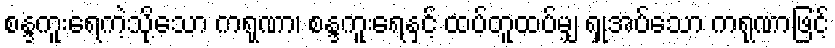
စန္ဒကူးရေကဲ့သို့သော ကရုဏာ၊ စန္ဒကူးရေနှင့် ထပ်တူထပ်မျှ ရှုအပ်သော ကရုဏာဖြင့်